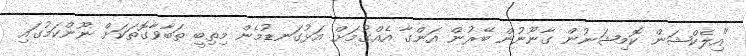
"އިލެކްޝަން ކޮމިޝަނުން ގާނޫނުން ބޭރުން އަންގާ އެއްގުމަށް އަޅުގަނޑުމެން މިތިބީ ތަބާވާގޮތަކަށް ނޫންކަމުގައި